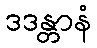
ဒဒန္တာနံ